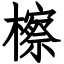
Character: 檫